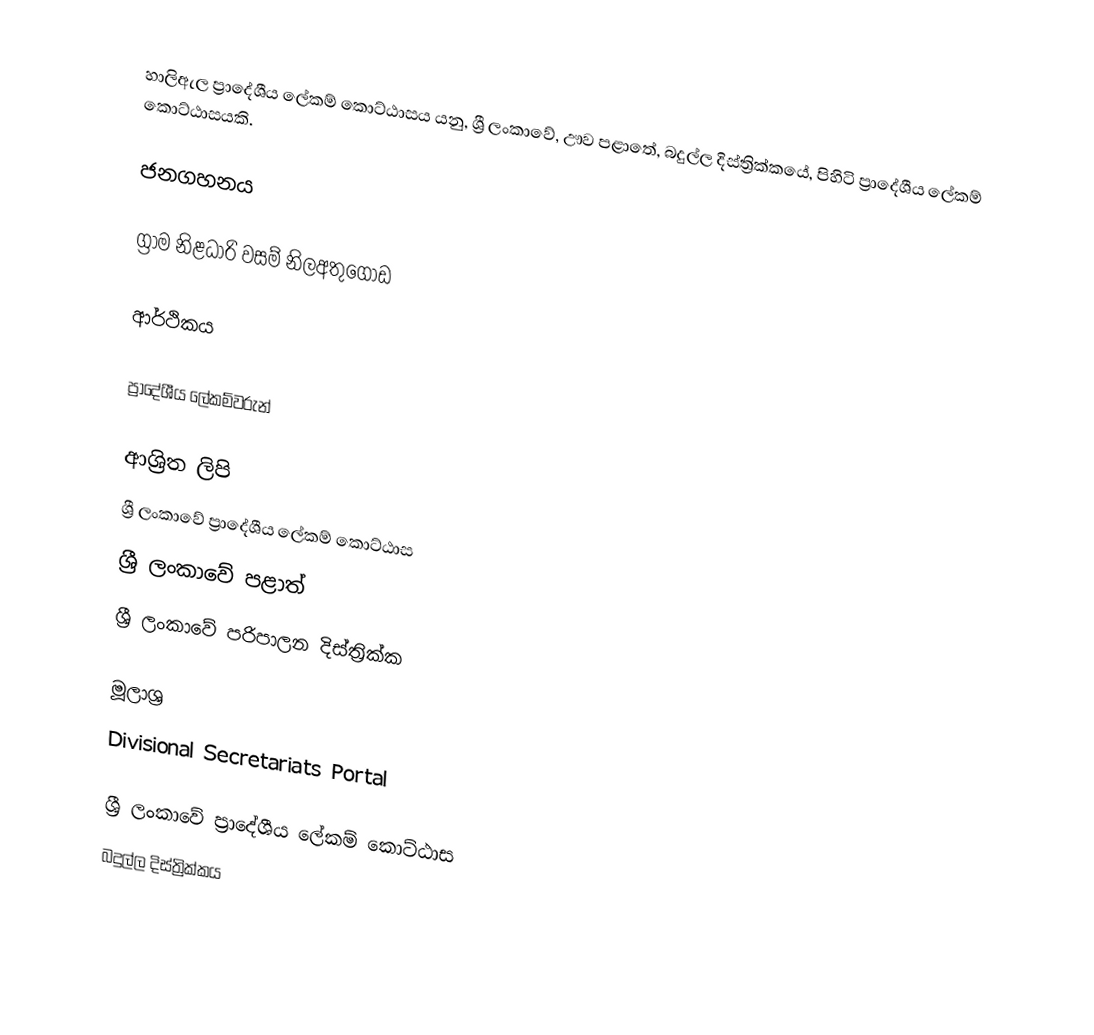
හාලිඇල ප්‍රාදේශීය ලේකම් කොට්ඨාසය යනු,  ශ්‍රී ලංකාවේ, ඌව පළාතේ,   බදුල්ල දිස්ත්‍රික්කයේ, පිහිටි ප්‍රාදේශීය ලේකම් කොට්ඨාසයකි.

ජනගහනය

ග්‍රාම නිළධාරි වසම් නිලඅතුගොඩ

ආර්ථිකය

ප්‍රාදේශීය ලේකම්වරුන්

ආශ්‍රිත ලිපි
ශ්‍රී ලංකාවේ ප්‍රාදේශීය ලේකම් කොට්ඨාස
ශ්‍රී ලංකාවේ පළාත්
ශ්‍රී ලංකාවේ පරිපාලන දිස්ත්‍රික්ක

මූලාශ්‍ර
 Divisional Secretariats Portal

ශ්‍රී ලංකාවේ ප්‍රාදේශීය ලේකම් කොට්ඨාස
බදුල්ල දිස්ත්‍රික්කය